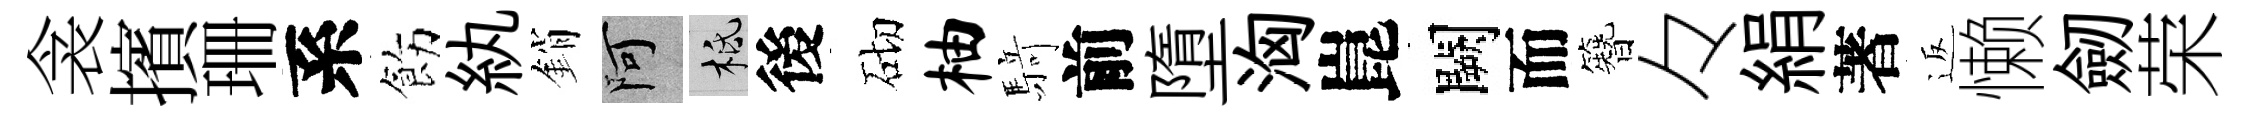
衾擯珊系飭紈銷阿柢後砌柚𮪍前墮洶崑闕而簪々絹著返懒劒荣